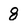
Character: 8